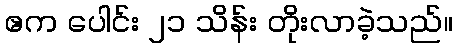
ဧက ပေါင်း ၂၁ သိန်း တိုးလာခဲ့သည်။